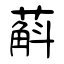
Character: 蔛